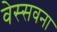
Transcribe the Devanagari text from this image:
वेस्सवना